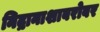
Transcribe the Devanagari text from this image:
निद्रानाशाबरोबर